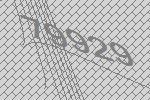
79929